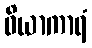
ဝိယာကာရံ